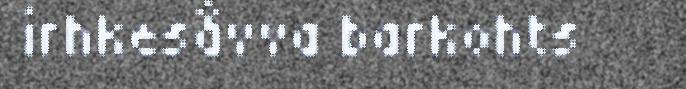
irhkesåvva barkohts